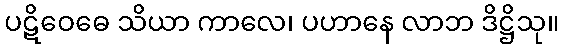
ပဋိဝေဓေ သိယာ ကာလေ၊ ပဟာနေ လာဘ ဒိဋ္ဌိသု။